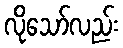
လိုသော်လည်း